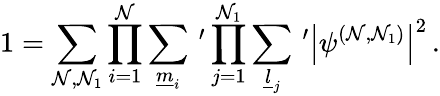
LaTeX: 1=\sum_{\mathcal{N},\mathcal{N}_{1}}\prod_{i=1}^{\mathcal{N}}\sum_{\underline{{{{m}}}}_{i}}\, ^{\prime}\prod_{j=1}^{\mathcal{N}_{1}}\sum_{\underline{{{{l}}}}_{j}}\, ^{\prime}\left|\psi^{(\mathcal{N},\mathcal{N}_{1})}\right|^{2}\, .